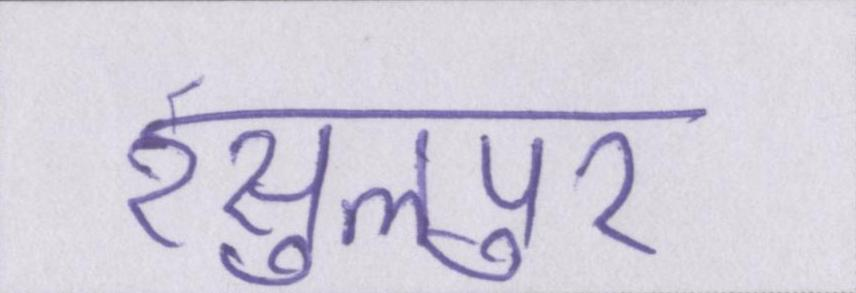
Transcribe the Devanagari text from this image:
रसुलपुर